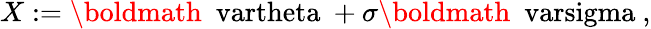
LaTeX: X:=\mathrm{\boldmath~\ vartheta~}+\sigma\mathrm{\boldmath~\ varsigma~},